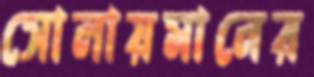
সোলায়মানের